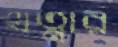
খত্নার